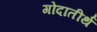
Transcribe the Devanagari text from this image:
गोदातीर्थ